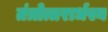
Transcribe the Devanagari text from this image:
तंत्रोत्तरार्धस्य